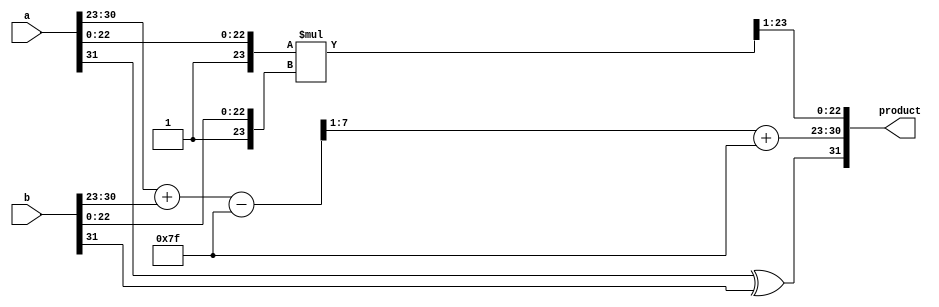
module FP_Wallace_Tree_Multiplier (
    input [31:0] a, // First floating-point operand (IEEE 754 single precision)
    input [31:0] b, // Second floating-point operand (IEEE 754 single precision)
    output reg [31:0] product // Resulting floating-point product
);

    // Constants
    localparam EXPONENT_BIAS = 127;
    localparam MANTISSA_WIDTH = 23;
    localparam EXPONENT_WIDTH = 8;

    // Internal signals
    wire sign_a, sign_b;
    wire [EXPONENT_WIDTH-1:0] exponent_a, exponent_b;
    wire [MANTISSA_WIDTH:0] mantissa_a, mantissa_b; // Including implicit leading 1
    wire [MANTISSA_WIDTH*2+1:0] mantissa_product; // Resulting mantissa product
    wire [EXPONENT_WIDTH-1:0] exponent_product;
    wire sign_product;
    
    // Unpack the input floating-point numbers
    assign sign_a = a[31];
    assign exponent_a = a[30:23];
    assign mantissa_a = {1'b1, a[22:0]}; // Add implicit leading 1

    assign sign_b = b[31];
    assign exponent_b = b[30:23];
    assign mantissa_b = {1'b1, b[22:0]}; // Add implicit leading 1

    // Calculate sign of the product
    assign sign_product = sign_a ^ sign_b;

    // Calculate exponent of the product
    wire [EXPONENT_WIDTH:0] exponent_sum;
    assign exponent_sum = {1'b0, exponent_a} + {1'b0, exponent_b} - EXPONENT_BIAS;
    assign exponent_product = exponent_sum[EXPONENT_WIDTH-1:1] + EXPONENT_BIAS; // Add bias back

    // Mantissa multiplication using a Wallace tree (simplified for illustration)
    // This is a placeholder for the actual Wallace tree implementation
    assign mantissa_product = mantissa_a * mantissa_b;

    // Normalization and rounding (simplified)
    // This part requires more complex logic to handle normalization and rounding
    // Here we will assume a simple case for demonstration
    reg [MANTISSA_WIDTH-1:0] normalized_mantissa;
    always @(*) begin
        normalized_mantissa = mantissa_product[MANTISSA_WIDTH*2:1]; // Simple normalization
        // Rounding logic can be added here based on requirements
    end

    // Pack the result back into floating-point format
    always @(*) begin
        product = {sign_product, exponent_product, normalized_mantissa[MANTISSA_WIDTH-1:0]};
    end

endmodule